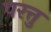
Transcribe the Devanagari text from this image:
परत्तु